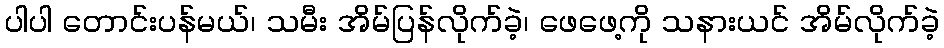
ပါပါ တောင်းပန်မယ်၊ သမီး အိမ်ပြန်လိုက်ခဲ့၊ ဖေဖေ့ကို သနားယင် အိမ်လိုက်ခဲ့